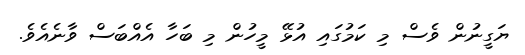
ޔަގީނުން ވެސް މި ކަމުގައި އުޅޭ މީހުން މި ބަހާ އެއްބަސް ވާނެއެވެ.